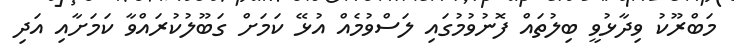
މަބްރޫކު ވިދާޅުވީ ބިލުތައް ފޮނުވުމުގައި ލަސްވުމެއް އުޅޭ ކަމަށް ގަބޫލުކުރައްވާ ކަމަށާއި އަދި